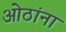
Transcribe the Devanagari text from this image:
ओठांना